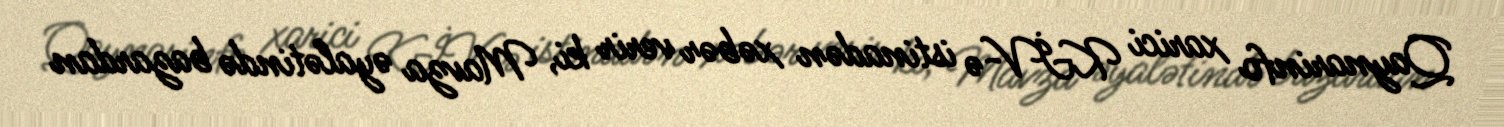
Qaynarinfo xarici KİV-ə istinadən xəbər verir ki, Mavza əyalətində bazardan